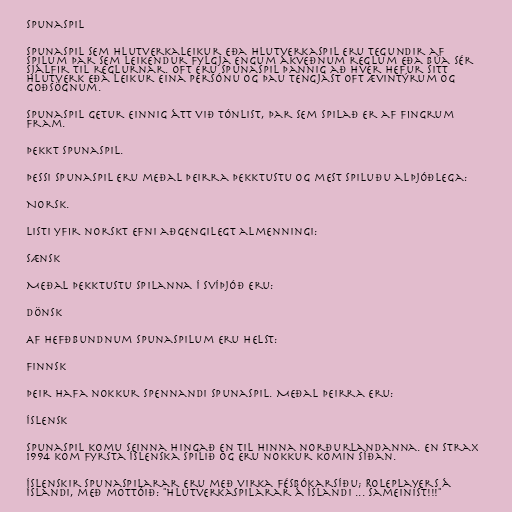
Spunaspil

Spunaspil sem hlutverkaleikur eða hlutverkaspil eru tegundir af
spilum þar sem leikendur fylgja engum ákveðnum reglum eða búa sér
sjálfir til reglurnar. Oft eru spunaspil þannig að hver hefur sitt
hlutverk eða leikur eina persónu og þau tengjast oft ævintýrum og
goðsögnum.

Spunaspil getur einnig átt við tónlist, þar sem spilað er af fingrum
fram.

Þekkt spunaspil.

Þessi spunaspil eru meðal þeirra þekktustu og mest spiluðu alþjóðlega:

Norsk.

Listi yfir norskt efni aðgengilegt almenningi:

Sænsk

Meðal þekktustu spilanna í Svíþjóð eru:

Dönsk

Af hefðbundnum spunaspilum eru helst:

Finnsk

Þeir hafa nokkur spennandi spunaspil. Meðal þeirra eru:

Íslensk

Spunaspil komu seinna hingað en til hinna norðurlandanna. En strax
1994 kom fyrsta íslenska spilið og eru nokkur komin síðan.

Íslenskir spunaspilarar eru með virka fésbókarsíðu; Roleplayers á
Íslandi, með mottóið: "Hlutverkaspilarar á Íslandi ... Sameinist!!!"